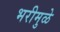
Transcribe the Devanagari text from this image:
भरीमुळे